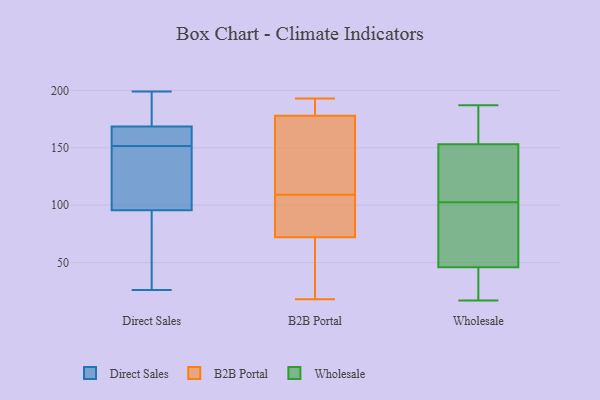
{"axis": {"x": "Budget (USD K)", "y": "Value"}, "legend": ["B2B Portal", "Direct Sales", "Wholesale"], "data": [{"x": "", "y": 105, "type": "Direct Sales"}, {"x": "", "y": 86, "type": "Direct Sales"}, {"x": "", "y": 26, "type": "Direct Sales"}, {"x": "", "y": 174, "type": "Direct Sales"}, {"x": "", "y": 112, "type": "Direct Sales"}, {"x": "", "y": 199, "type": "Direct Sales"}, {"x": "", "y": 179, "type": "Direct Sales"}, {"x": "", "y": 163, "type": "Direct Sales"}, {"x": "", "y": 132, "type": "Direct Sales"}, {"x": "", "y": 82, "type": "Direct Sales"}, {"x": "", "y": 159, "type": "Direct Sales"}, {"x": "", "y": 163, "type": "Direct Sales"}, {"x": "", "y": 152, "type": "Direct Sales"}, {"x": "", "y": 177, "type": "Direct Sales"}, {"x": "", "y": 70, "type": "Direct Sales"}, {"x": "", "y": 151, "type": "Direct Sales"}, {"x": "", "y": 23, "type": "B2B Portal"}, {"x": "", "y": 72, "type": "B2B Portal"}, {"x": "", "y": 125, "type": "B2B Portal"}, {"x": "", "y": 18, "type": "B2B Portal"}, {"x": "", "y": 181, "type": "B2B Portal"}, {"x": "", "y": 101, "type": "B2B Portal"}, {"x": "", "y": 186, "type": "B2B Portal"}, {"x": "", "y": 115, "type": "B2B Portal"}, {"x": "", "y": 35, "type": "B2B Portal"}, {"x": "", "y": 86, "type": "B2B Portal"}, {"x": "", "y": 178, "type": "B2B Portal"}, {"x": "", "y": 73, "type": "B2B Portal"}, {"x": "", "y": 193, "type": "B2B Portal"}, {"x": "", "y": 116, "type": "B2B Portal"}, {"x": "", "y": 182, "type": "B2B Portal"}, {"x": "", "y": 103, "type": "B2B Portal"}, {"x": "", "y": 61, "type": "B2B Portal"}, {"x": "", "y": 164, "type": "B2B Portal"}, {"x": "", "y": 149, "type": "Wholesale"}, {"x": "", "y": 46, "type": "Wholesale"}, {"x": "", "y": 153, "type": "Wholesale"}, {"x": "", "y": 105, "type": "Wholesale"}, {"x": "", "y": 186, "type": "Wholesale"}, {"x": "", "y": 34, "type": "Wholesale"}, {"x": "", "y": 98, "type": "Wholesale"}, {"x": "", "y": 100, "type": "Wholesale"}, {"x": "", "y": 108, "type": "Wholesale"}, {"x": "", "y": 183, "type": "Wholesale"}, {"x": "", "y": 187, "type": "Wholesale"}, {"x": "", "y": 46, "type": "Wholesale"}, {"x": "", "y": 17, "type": "Wholesale"}, {"x": "", "y": 85, "type": "Wholesale"}]}